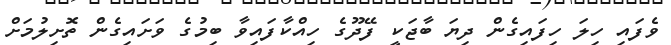
ވެފައި ހިލަ ހިފައިގެން ދިޔަ ބާޖަކީ ފޭދޫގެ ހިއްކާފައިވާ ބިމުގެ ވަށައިގެން ތޮށިލުމަށް